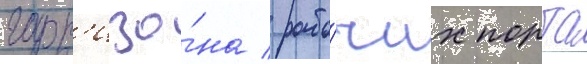
гарн'изо́на / рабо́чих порта